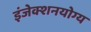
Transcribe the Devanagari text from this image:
इंजेक्शनयोग्य